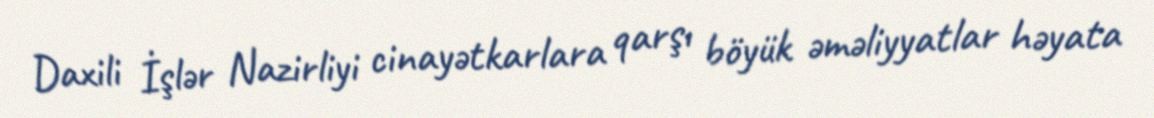
Daxili İşlər Nazirliyi cinayətkarlara qarşı böyük əməliyyatlar həyata